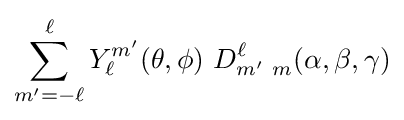
\sum _{m'=-\ell }^{\ell }Y_{\ell }^{m'}(\theta ,\phi )~D_{m'~m}^{\ell }(\alpha ,\beta ,\gamma )